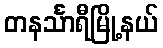
တနင်္သာရီမြို့နယ်